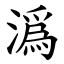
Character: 潙